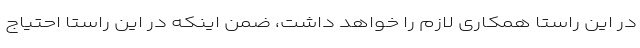
در این راستا همکاری لازم را خواهد داشت، ضمن اینکه در این راستا احتیاج